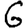
Digit: 6